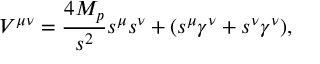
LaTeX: V ^ { \mu \nu } = { \frac { 4 M _ { p } } { s ^ { 2 } } } s ^ { \mu } s ^ { \nu } + ( s ^ { \mu } \gamma ^ { \nu } + s ^ { \nu } \gamma ^ { \nu } ) ,